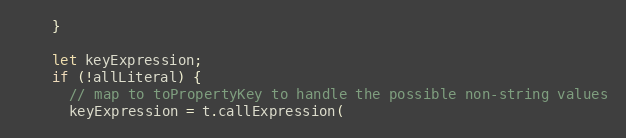
Language: JavaScript
    }

    let keyExpression;
    if (!allLiteral) {
      // map to toPropertyKey to handle the possible non-string values
      keyExpression = t.callExpression(